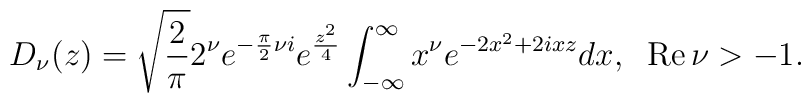
D_\nu(z)=\sqrt{ {2\over \pi} } 2^\nu e^{ -{\pi\over2} \nu i} e^{ {z^2\over 4} }	\int^{\infty}_{-\infty} x^\nu e^{-2x^2 + 2ixz} dx, \;\; {\rm Re}\,\nu > -1.